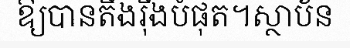
ឱ្យបានតឹងរ៉ឹងបំផុត។ស្ថាប័ន